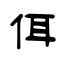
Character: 佴